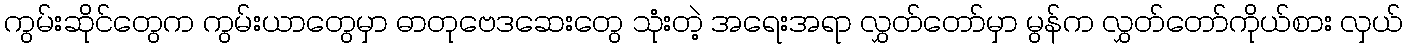
ကွမ်းဆိုင်တွေက ကွမ်းယာတွေမှာ ဓာတုဗေဒဆေးတွေ သုံးတဲ့ အရေးအရာ လွှတ်တော်မှာ မွန်က လွှတ်တော်ကိုယ်စား လှယ်